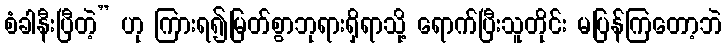
စံခါနီးပြီတဲ့” ဟု ကြားရ၍မြတ်စွာဘုရားရှိရာသို့ ရောက်ပြီးသူတိုင်း မပြန်ကြတော့ဘဲ